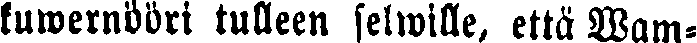
kuwernööri tulleen selwille, että Wam-